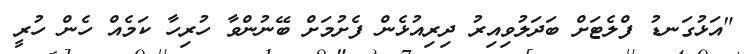
"އަޅުގަނޑު ފްލެޓަށް ބަދަލުވިއިރު ދިރިއުޅެން ފެށުމަށް ބޭނުންވާ ހުރިހާ ކަމެއް ހެން ހުރީ